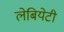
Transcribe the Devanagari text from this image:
लेबियेटी